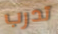
تدرب